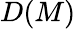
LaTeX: D(M)